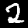
Label: 2